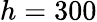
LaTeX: h=300